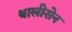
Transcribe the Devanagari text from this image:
थालीसेन